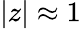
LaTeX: \left|z\right|\approx 1